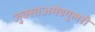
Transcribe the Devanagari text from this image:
जुक्स्तअमेडयुलरी